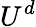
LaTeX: U^{d}